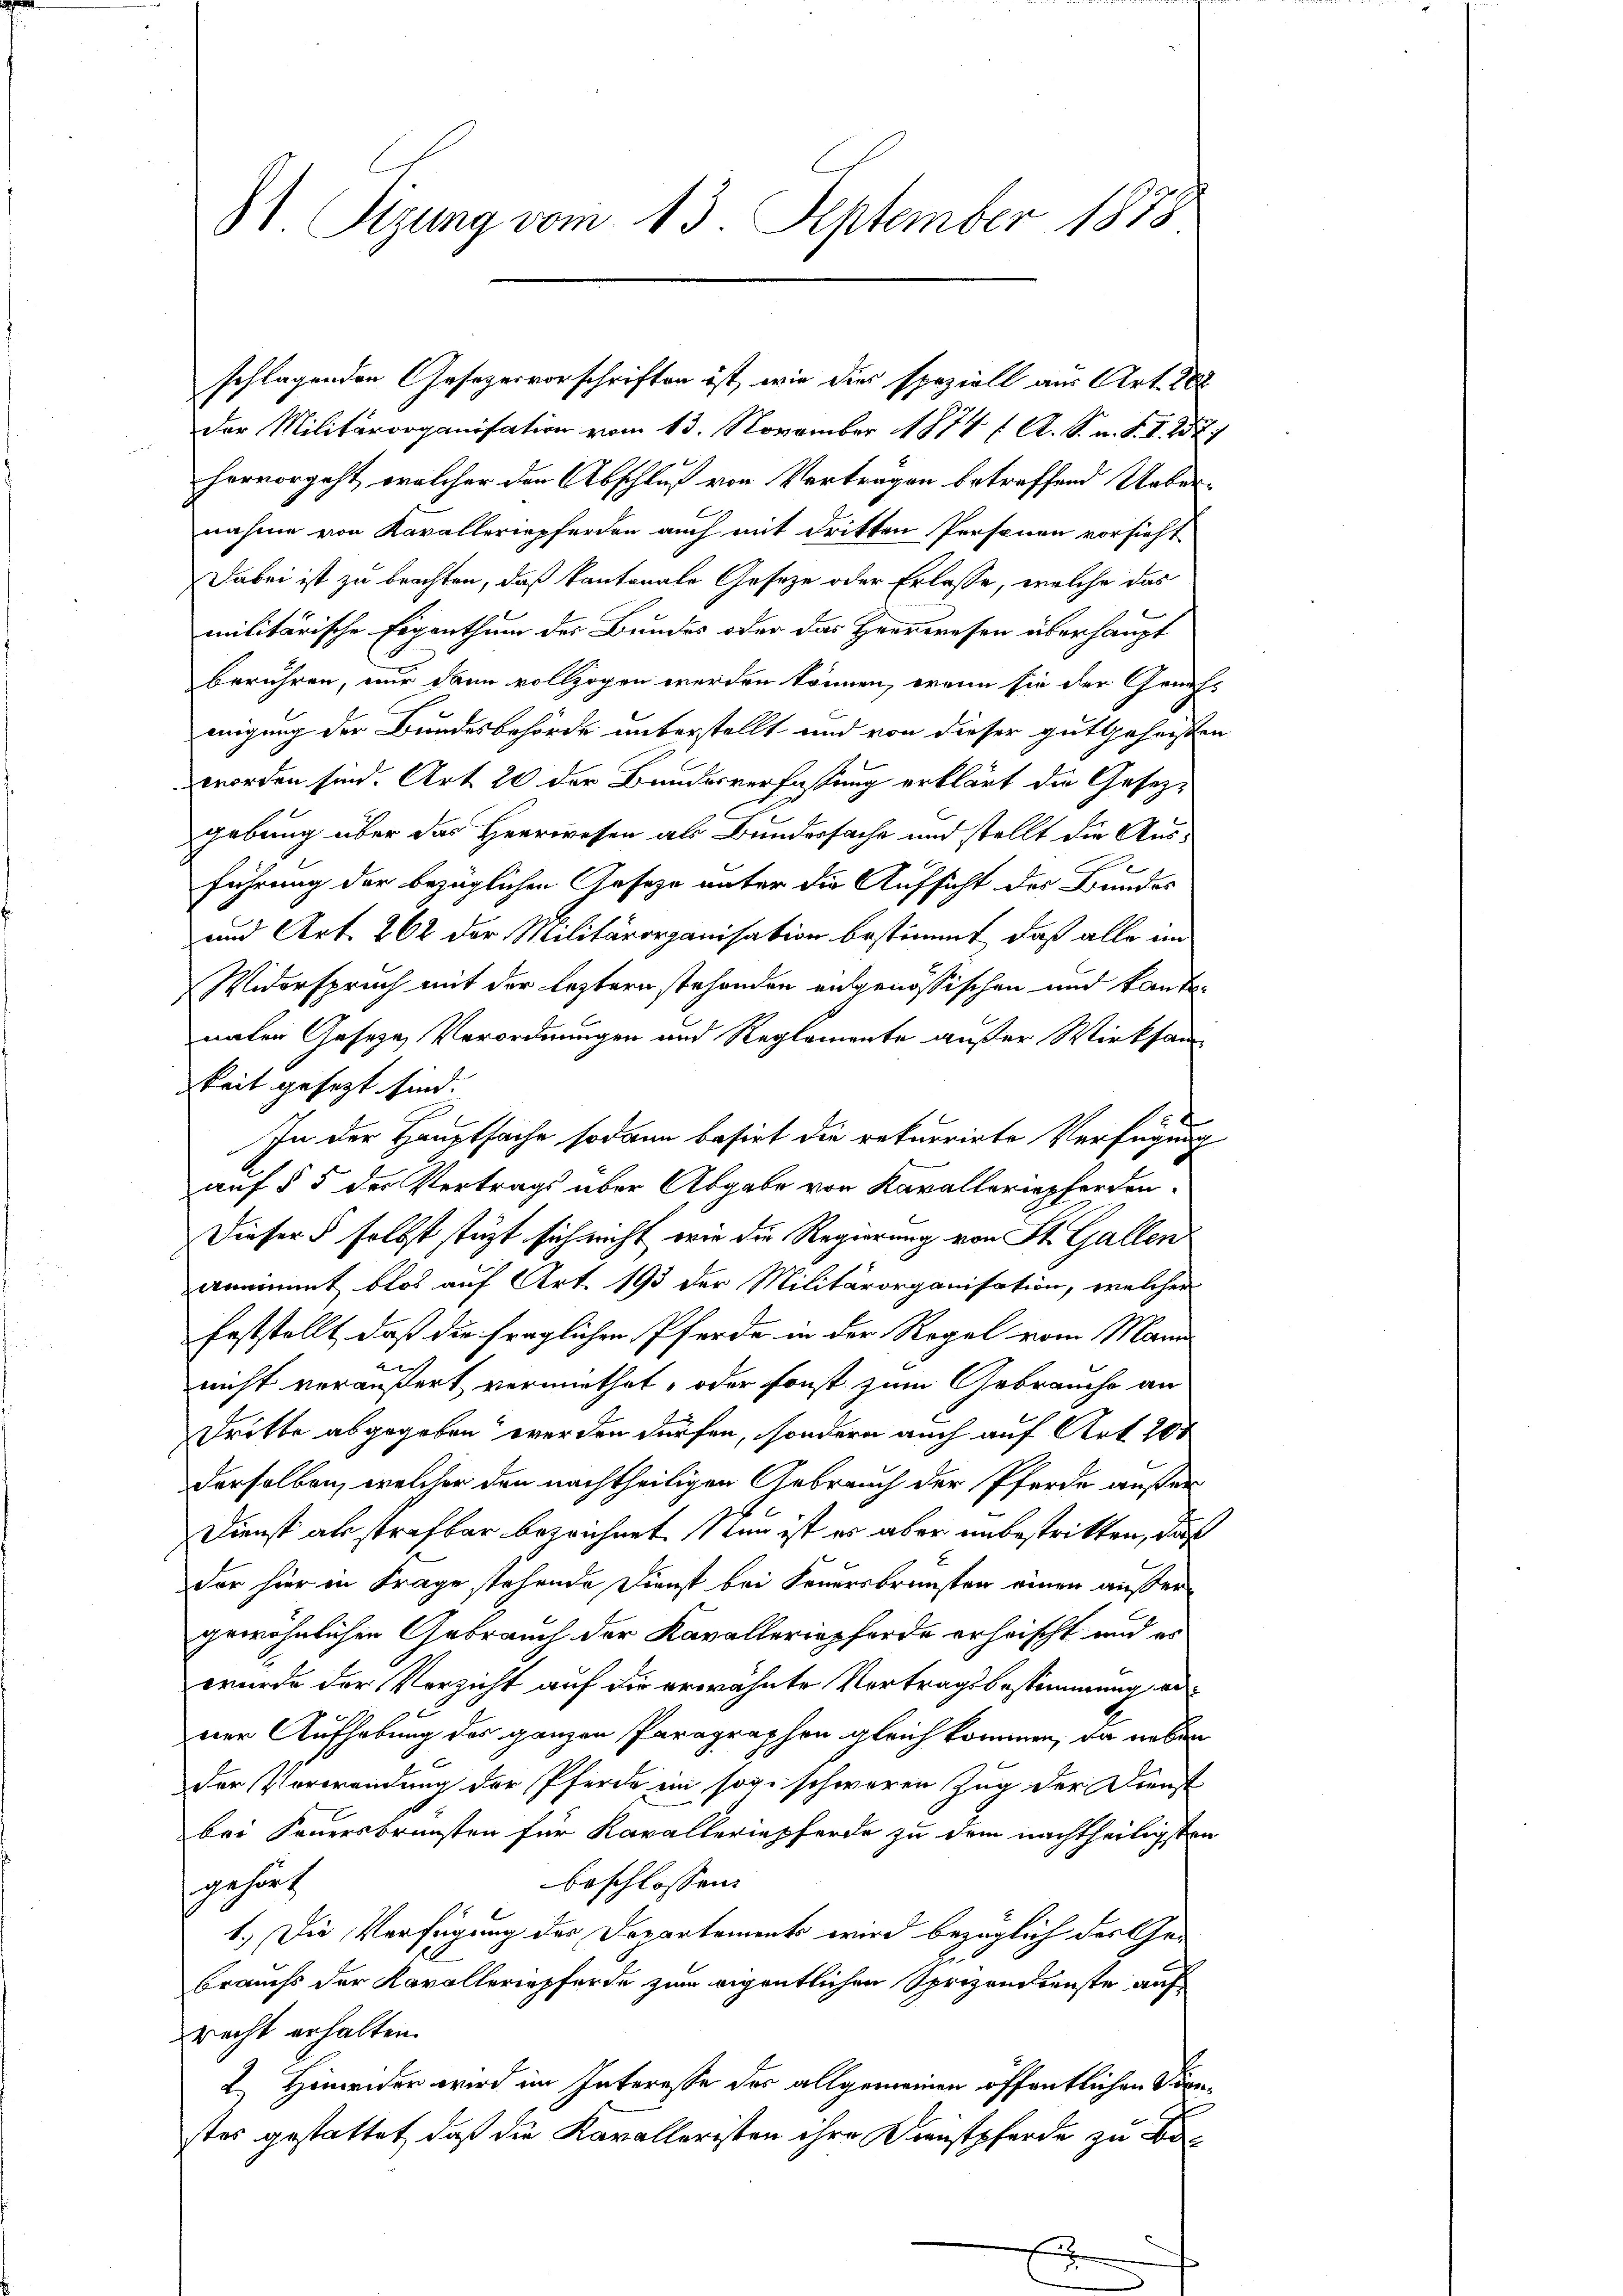
81 Sizung vom 13. September 1878

Der Militärorganisation vom 13. November 1874 ( A. S. n. F. I. 252.
hervorgeht, welcher den Abschluß von Verträgen betreffend Uebernahme von Kavalleriepferden auch mit dritten Personen vorsieht
Dabei ist zu brachten, daß kantonale Gesetze oder Erlasse, welche das
militärische Eigenthum des Bundes oder das Heerwesen überhaupt
berühren, nur dann vollzogen werden können, wenn sie der Genehmigung der Bundesbehörde unterstellt und von dieser gutgeherste
worden sind. Art. 20 der Bundesverfassung erklärt die Gesezd
gebung über das Herrwesen als Bundersache und stellt die Ause
führung der bezüglichen Geseze unter die Aufsicht des Bundes
und Art. 262 der Militärorganisation bestimmt, daß alle im
Widerspruch mit der leztern stehenden ausgenössischen und kantnaten Geseze Verordnungen und Reglemente außer Wirksamkeit gesezt sind.
t
In der Hauptsache sodann basirt die rekurrirte Verfügung
auf § 5 der Vertrags über Abgabe von Kavalleriepferden.
Dieser selbst stüzt sich nicht wie die Regierung von St. Gallen
annimmt blos auf Art. 193 der Militärorganisation, welcher
feststellt, daß die fraglichen Pferde in der Regel vom Mann
un
nicht veräußert, vermiethet, oder sonst zum Gebrauche an
Dritte abgegeben werden dürfen, sondern auch auf Art. 20t
derselben, welcher den nachtheiligen Gebrauch der Pferde außer
Dienst abstrafbar bezeichnet. Nun ist es aber unbestritten, daß
der hier in Frage stehende Dienst bei Feuersbrünsten einen außergewöhnlichen Gebrauch der Kavalleriepferde erheischt und es
wurde der Vorzicht auf die erwähnte Vertragsbestimmung erner Aufhebung des ganzen Paragraphen gleich kommen, da neben
Der Verwendung der Pferde ein sog. schweren Zug der Dienst
bei Feuersbrunsten für Kavalleriepferde zu dem nachtheiligsten
beschlossen:
gehört
1.) Die Verfügung des Departements wird bezüglich der Ge-
1
brauchs der Kavalleriepferde zum eigentlichen Sprizondienste auf
recht erhalten.
2. Hinwider wird im Interesse des allgemeinen öffentlichen Sonstes gestattet, daß die Kavalleristen ihre Dienstpferde zu Bo¬

schlagenden Gesezesvorschriften ist, wie dies speziell aus Art. 20

ch

b